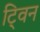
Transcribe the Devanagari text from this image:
टि्वन